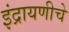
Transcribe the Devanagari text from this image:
इंद्रायणीचे